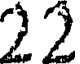
22